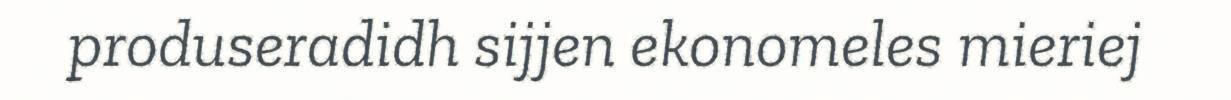
produseradidh sijjen ekonomeles mieriej